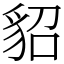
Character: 貂